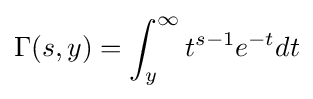
\Gamma (s,y)=\int _{y}^{\infty }t^{s-1}e^{-t}dt